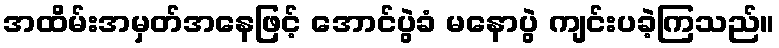
အထိမ်းအမှတ်အနေဖြင့် အောင်ပွဲခံ မနောပွဲ ကျင်းပခဲ့ကြသည်။